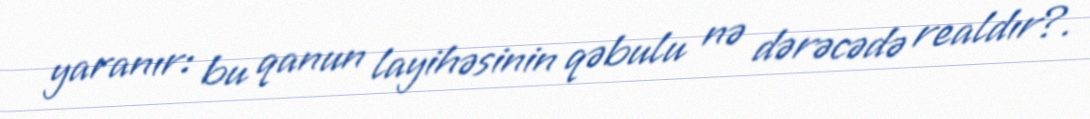
yaranır: bu qanun layihəsinin qəbulu nə dərəcədə realdır?.